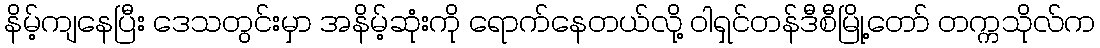
နိမ့်ကျနေပြီး ဒေသတွင်းမှာ အနိမ့်ဆုံးကို ရောက်နေတယ်လို့ ဝါရှင်တန်ဒီစီမြို့တော် တက္ကသိုလ်က